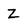
Character: Z